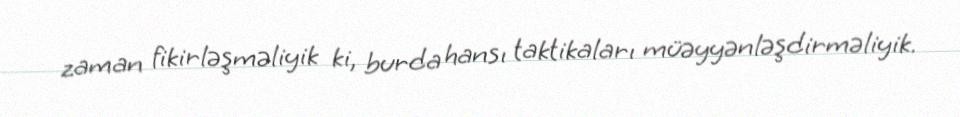
zaman fikirləşməliyik ki, burda hansı taktikaları müəyyənləşdirməliyik.